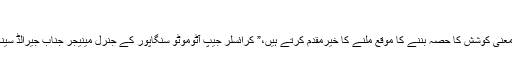
”
“ہم ایسی بامعنی کوشش کا حصہ بننے کا موقع ملنے کا خیرمقدم کرتے ہیں،” کرائسلر جیپ آٹوموٹو سنگاپور کے جنرل مینیجر جناب جیرالڈ سینگ نے کہا۔